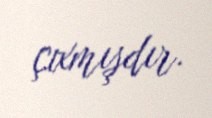
çıxmışdır.